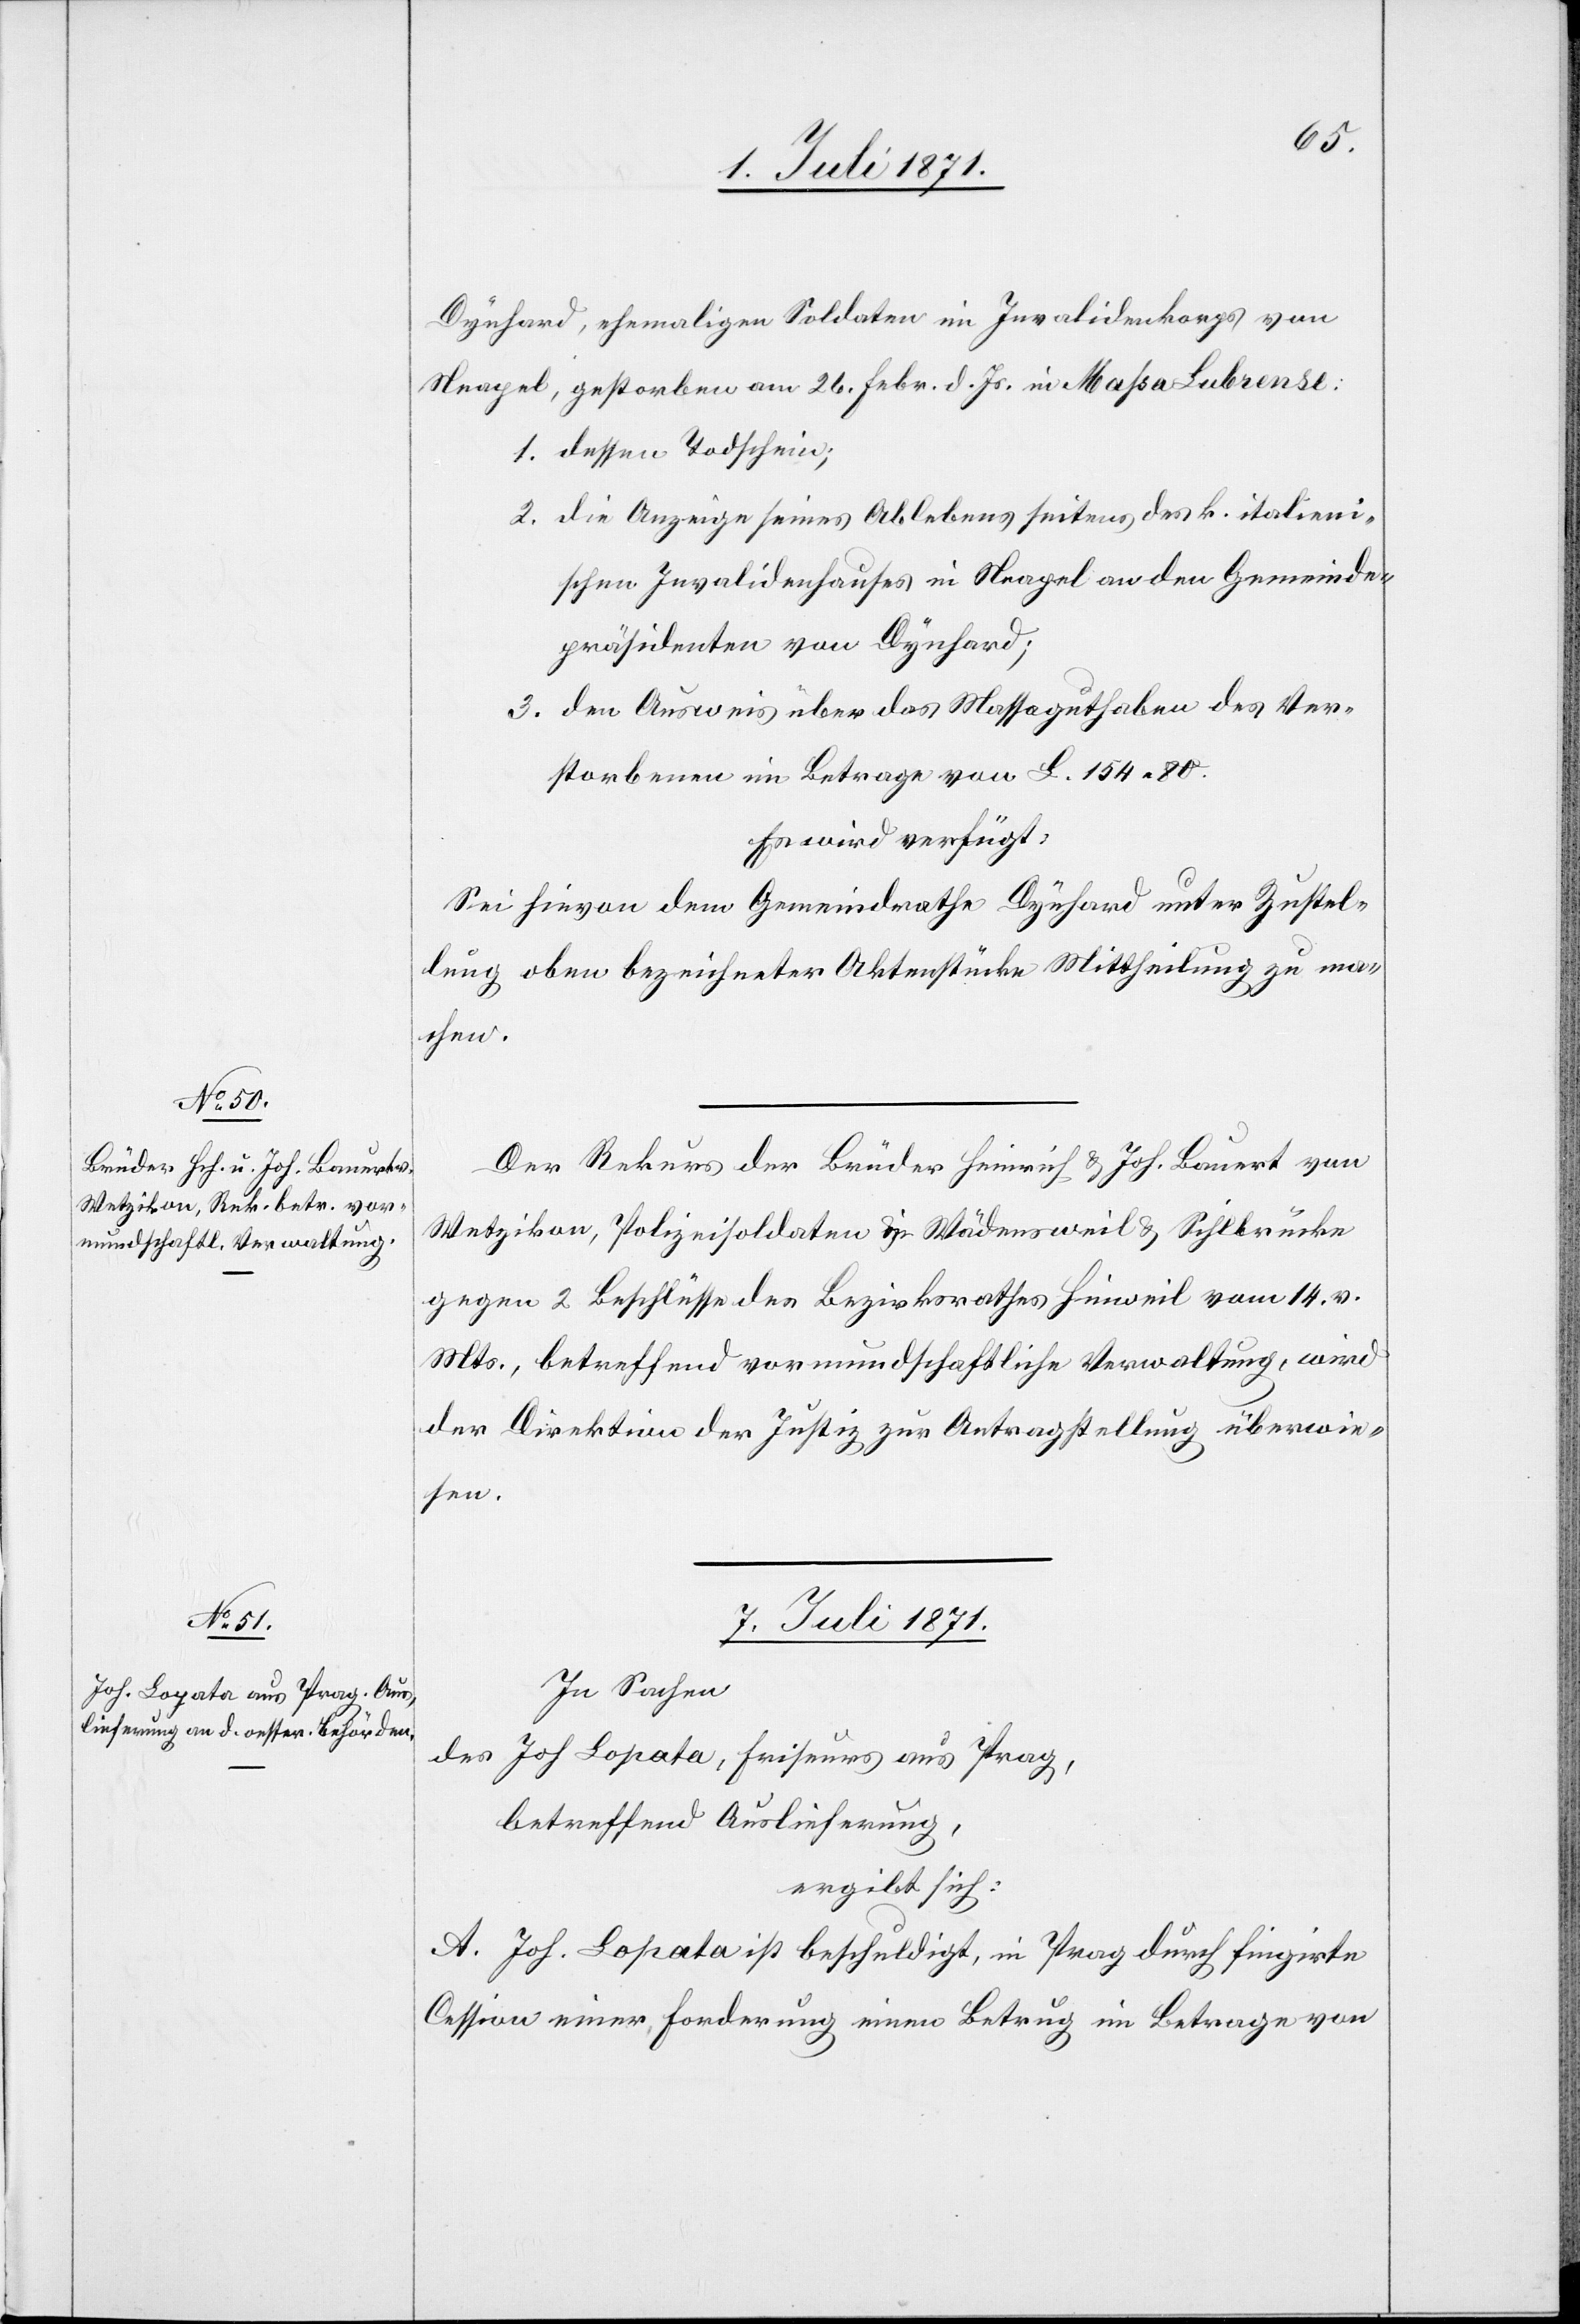
6. Juli 1871.]
Dynhard, ehemaligen Soldaten im Invalidenkorps von
Neapel, gestorben am 26. Febr. d. Js. in Maßa Lubrense.
1. dessen Todschein;
2. die Anzeige seines Ablebens seitens des k. italieni¬
schen Invalidenhauses in Neapel an den Gemeinde¬
präsidenten von Dynhard;
3. den Ausweis über das Massaguthaben des Ver¬
storbenen im Betrage von L. 154.80.
Es wird verfügt:
Sei hievon dem Gemeindrath Dynhard unter Zustel¬
lung oben bezeichneter Aktenstücke Mittheilung zu ma¬
chen.
Der Rekurs der Brüder Heinrich u. Joh. Bauert von
Wetzikon, Polizeisoldaten in Wädensweil u. Sihlbrücke
gegen 2 Beschlüsse des Bezirksrathes Hinweil vom 14. v.
Mts., betreffend vormundschaftliche Verwaltung, wird
der Direktion der Justiz zur Antragstellung überwie¬
sen.
7. Juli 1871.
In Sachen
des Joh. Lopata, Friseurs aus Prag,
betreffend Auslieferung,
ergibt sich:
A. Joh. Lopata ist beschuldigt, in Prag durch fingirte
Cession einer Forderung einen Betrug im Betrage von